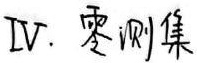
IV. 零测集